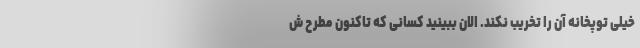
خیلی توپخانه آن را تخریب نکند. الان ببینید کسانی که تاکنون مطرح ش